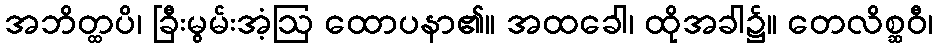
အဘိတ္ထပိ၊ ခြီးမွမ်းအံ့ဩ ထောပနာ၏။ အထခေါ၊ ထိုအခါ၌။ တေလိစ္ဆဝီ၊